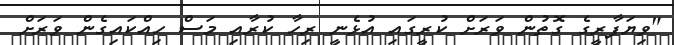
"ވިޔަފާރީގެ ގޮތުން ވަރަށް ކުރީގައި އުޅެނީ ރިހާ ކުރާއި މަސް ހިއްކައިގެން ވަރަށް